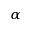
_ \alpha